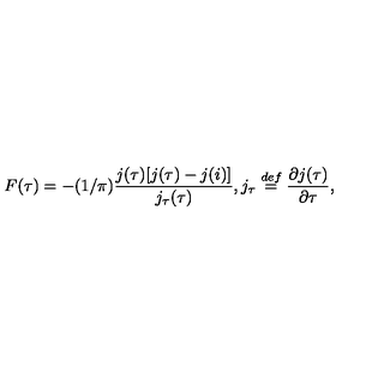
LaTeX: F ( \tau ) = - ( 1 / \pi ) \frac { j ( \tau ) [ j ( \tau ) - j ( i ) ] } { j _ { \tau } ( \tau ) } , j _ { \tau } \stackrel { d e f } { = } \frac { \partial j ( \tau ) } { \partial \tau } ,